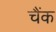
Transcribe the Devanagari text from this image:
चैंक